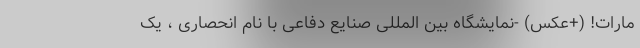
مارات! (+عکس) -نمایشگاه بین المللی صنایع دفاعی با نام انحصاری ، یک